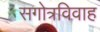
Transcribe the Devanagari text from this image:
सगोत्रविवाह